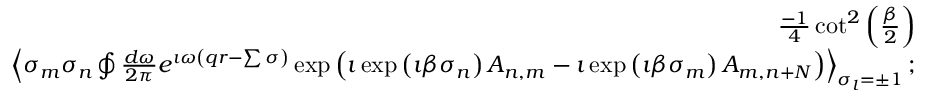
\begin{array} { r l r } & { } & { \frac { - 1 } { 4 } \cot ^ { 2 } \left( \frac { \beta } { 2 } \right) } \\ & { } & { \left\langle \sigma _ { m } \sigma _ { n } \oint \frac { d \omega } { 2 \pi } e ^ { \imath \omega \left( q r - \sum \sigma \right) } \exp \left( \imath \exp \left( \imath \beta \sigma _ { n } \right) A _ { n , m } - \imath \exp \left( \imath \beta \sigma _ { m } \right) A _ { m , n + N } \right) \right\rangle _ { \sigma _ { l } = \pm 1 } ; } \end{array}